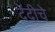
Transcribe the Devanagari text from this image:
देंदीचे